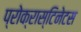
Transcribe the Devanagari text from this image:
प्रोक्रास्टिनेटस